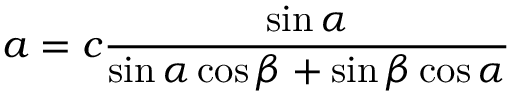
a = c { \frac { \sin \alpha } { \sin \alpha \cos \beta + \sin \beta \cos \alpha } }